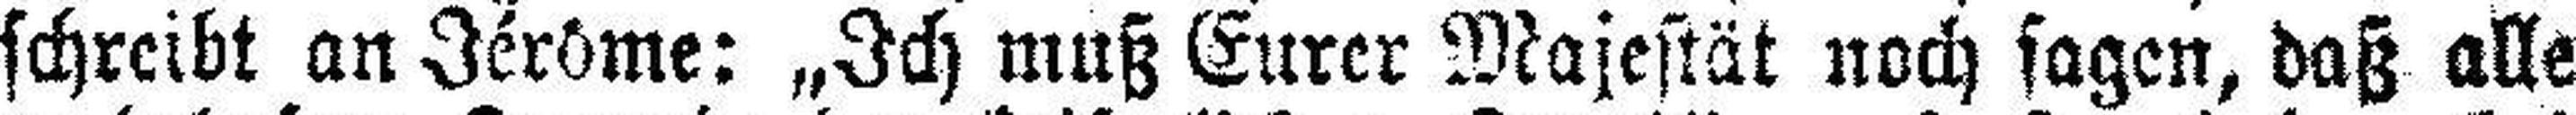
schreibt an Jérôme: „Ich muß Eurer Majestät noch sagen, daß alle